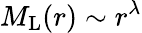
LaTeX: M_{\mathrm{L}}(r)\sim r^{\lambda}